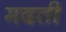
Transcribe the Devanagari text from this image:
मदती